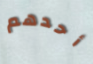
أحدهم